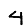
Digit: 4